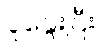
ပူနွေးပြီး